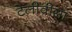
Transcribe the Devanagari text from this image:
टेलीवीसा